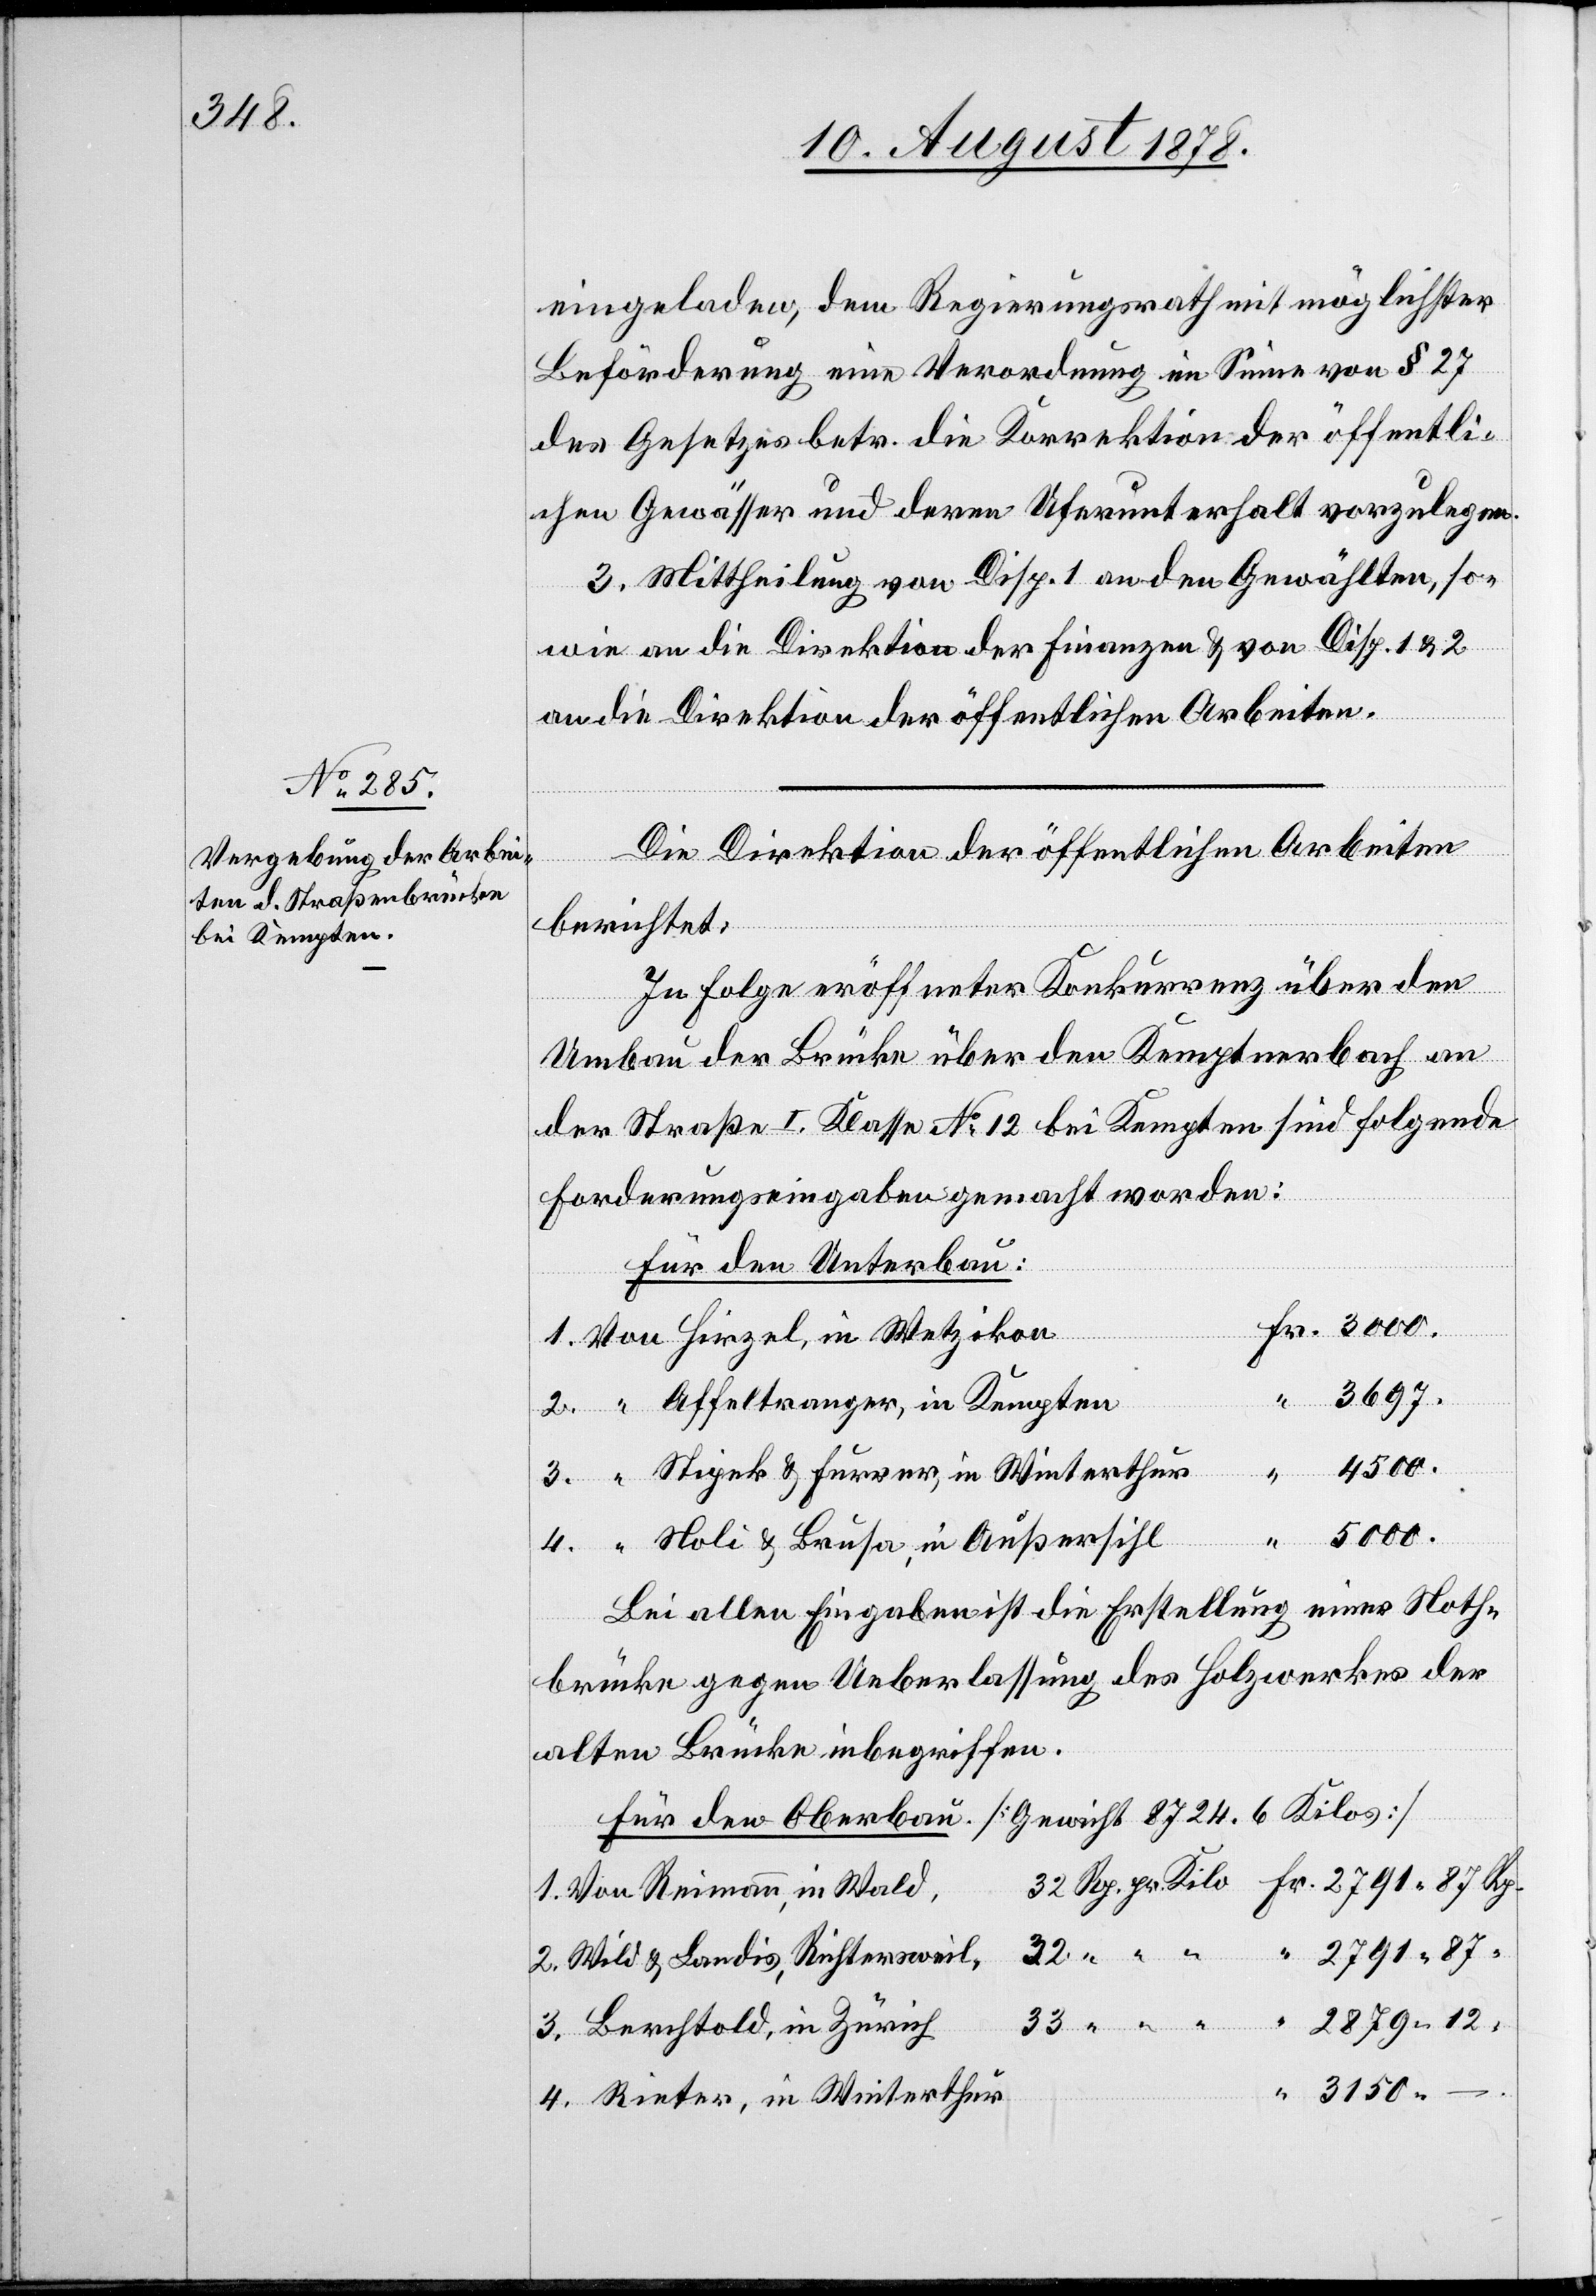
3150

eingeladen, dem Regierungsrath mit möglichster
Beförderung eine Verordnung im Sinne von § 27
des Gesetzes betr. die Korrektion der öffentli¬
chen Gewässer und deren Uferunterhalt vorzulegen.
3. Mittheilung von Disp. 1 an den Gewählten, so¬
wie an die Direktion der Finanzen & von Disp. 1 & 2
an die Direktion der öffentlichen Arbeiten.
Die Direktion der öffentlichen Arbeiten
berichtet:
In Folge eröffneter Konkurrenz über den
“
Umbau der Brücke über den Kemptnerbach an
der Straße I. Klasse No 12 bei Kempten sind folgende
Forderungenseingaben gemacht worden:
Für den Unterbau:
Von Hirzel, in Wetzikon
3697.
12 “
“ Affeltranger, in Kempten
“
4500.
Kilo
3.
“ Stipek & Furrer, in Winterthur
–.
5000.
“ Noli & Brusa, in Außersihl
Bei allen Eingaben ist die Erstellung einer Noth¬
brücke gegen Ueberlassung des Holzwerkes der
alten Brücke inbegriffen.
Für den Oberbau. [Gewicht 8724.6 Kilos]
Von Reimann, in Wald
Wild & Landis, Richtersweil
Berchtold, in Zürich
Rieter, in Winterthur